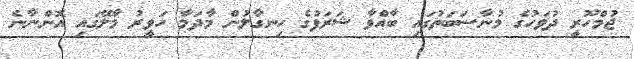
ޖުމްހޫރީ ދުވަހުގެ މުނާސަބަތުގައި ބާއްވާ ޝަރަފުގެ ހިނގާލުން މާދަމާ ހަވީރު މާލޭގައި އޮންނާނެ